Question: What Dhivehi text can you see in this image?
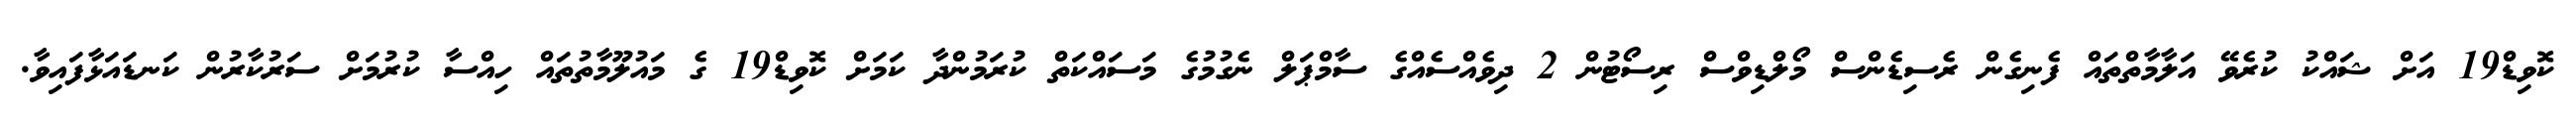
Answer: ކޮވިޑް19 އަށް ޝައްކު ކުރެވޭ އަލާމާތްތައް ފެނިގެން ރެސިޑެންސް މޯލްޑިވްސް ރިސޯޓުން 2 ދިވެއްސެއްގެ ސާމްޕަލް ނެގުމުގެ މަސައްކަތް ކުރަމުންދާ ކަމަށް ކޮވިޑް19 ގެ މައުލޫމާތުތައް ހިއްސާ ކުރުމަށް ސަރުކާރުން ކަނޑައަޅާފައިވާ.